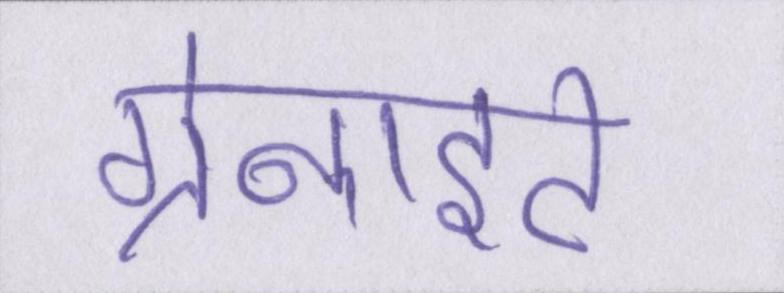
ग्रेनाइट